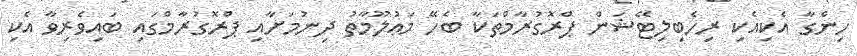
ހިންގާ އެކިއެކި ރިހެބިލިޓޭޝަން ޕްރޮގުރާމްތަކާ ބެހޭ މަޢުލޫމާތު ދިނުމަށާއި ޕްރޮގުރާމްގައި ބައިވެރިވާ އެކި